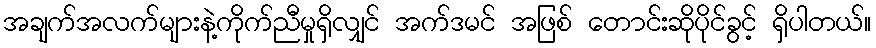
အချက်အလက်များနဲ့ကိုက်ညီမှုရှိလျှင် အက်ဒမင် အဖြစ် တောင်းဆိုပိုင်ခွင့် ရှိပါတယ်။